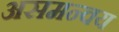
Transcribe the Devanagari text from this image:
असमन्वय